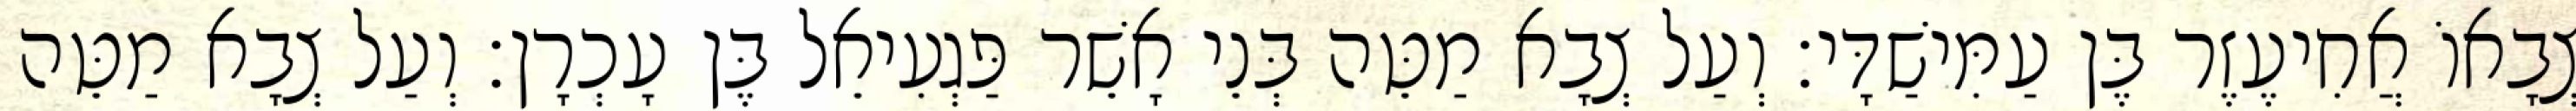
צְבָאוֹ אֲחִיעֶזֶר בֶּן עַמִּישַׁדָּי׃ וְעַל צְבָא מַטֵּה בְּנֵי אָשֵׁר פַּגְעִיאֵל בֶּן עָכְרָן׃ וְעַל צְבָא מַטֵּה